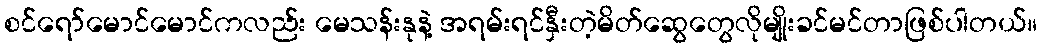
စင်ရော်မောင်မောင်ကလည်း မေသန်းနုနဲ့ အရမ်းရင်နှီးတဲ့မိတ်ဆွေတွေလိုမျိုးခင်မင်တာဖြစ်ပါတယ်။